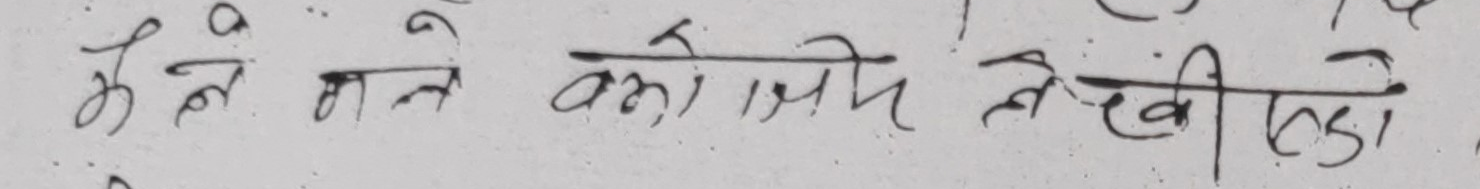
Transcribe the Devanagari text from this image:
कैले माने की जिम देखी हटा ।